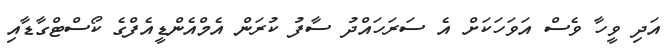
އަދި ވީހާ ވެސް އަވަހަކަށް އެ ސަރަހައްދު ސާފު ކުރަން އެމްއެންޑީއެފްގެ ކޯސްޓްގާޑާއި